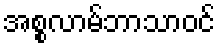
အစ္စလာမ်ဘာသာဝင်